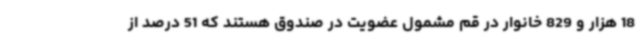
18 هزار و 829 خانوار در قم مشمول عضویت در صندوق هستند که 51 درصد از